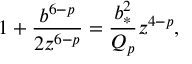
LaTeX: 1 + { \frac { b ^ { 6 - p } } { 2 z ^ { 6 - p } } } = { \frac { b _ { * } ^ { 2 } } { Q _ { p } } } z ^ { 4 - p } ,